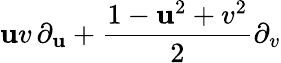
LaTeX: \mathbf{u}v\, \partial_{\mathbf{u}}+{\frac{{1-\mathbf{u}^{2}+v^{2}}}{{2}}}\partial_{v}